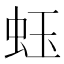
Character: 𧉣